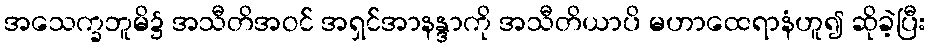
အသေက္ခဘူမိ၌ အသီတိအဝင် အရှင်အာနန္ဒာကို အသီတိယာပိ မဟာထေရာနံဟူ၍ ဆိုခဲ့ပြီး